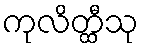
ကုလိတ္ထီသု